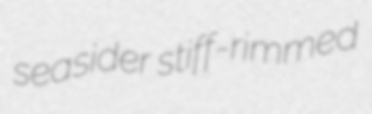
seasider stiff-rimmed